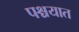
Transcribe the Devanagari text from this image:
पश्चयात